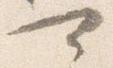
可